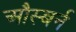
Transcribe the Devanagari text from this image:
औस्बर्न